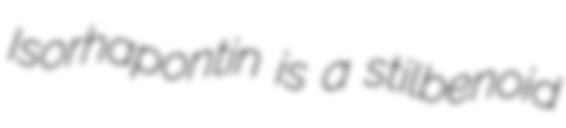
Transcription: Isorhapontin is a stilbenoid